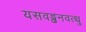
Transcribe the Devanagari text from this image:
यसवड्ढनवत्थु